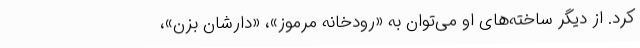
کرد. از دیگر ساخته‌های او می‌توان به «رودخانه مرموز»، «دارشان بزن»،